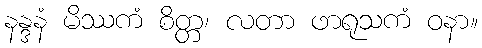
နန္ဒနံ မိဿကံ စိတ္တ၊ လတာ ဖာရုသကံ ဝနာ။